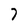
Character: 7